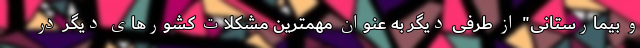
و بیمارستانی" از طرفی دیگر به عنوان مهمترین مشکلات کشورهای دیگر در